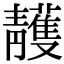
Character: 䨼